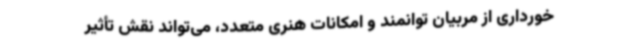
خورداری از مربیان توانمند و امکانات هنری متعدد، می‌تواند نقش تأثیر